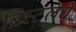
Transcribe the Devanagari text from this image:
ब्रिस्टलचे